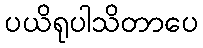
ပယိရုပါသိတာပေ